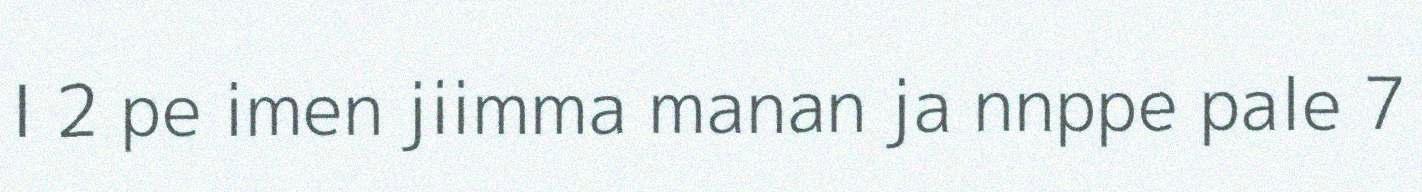
I 2 pe imen jiimma manan ja nnppe pale 7